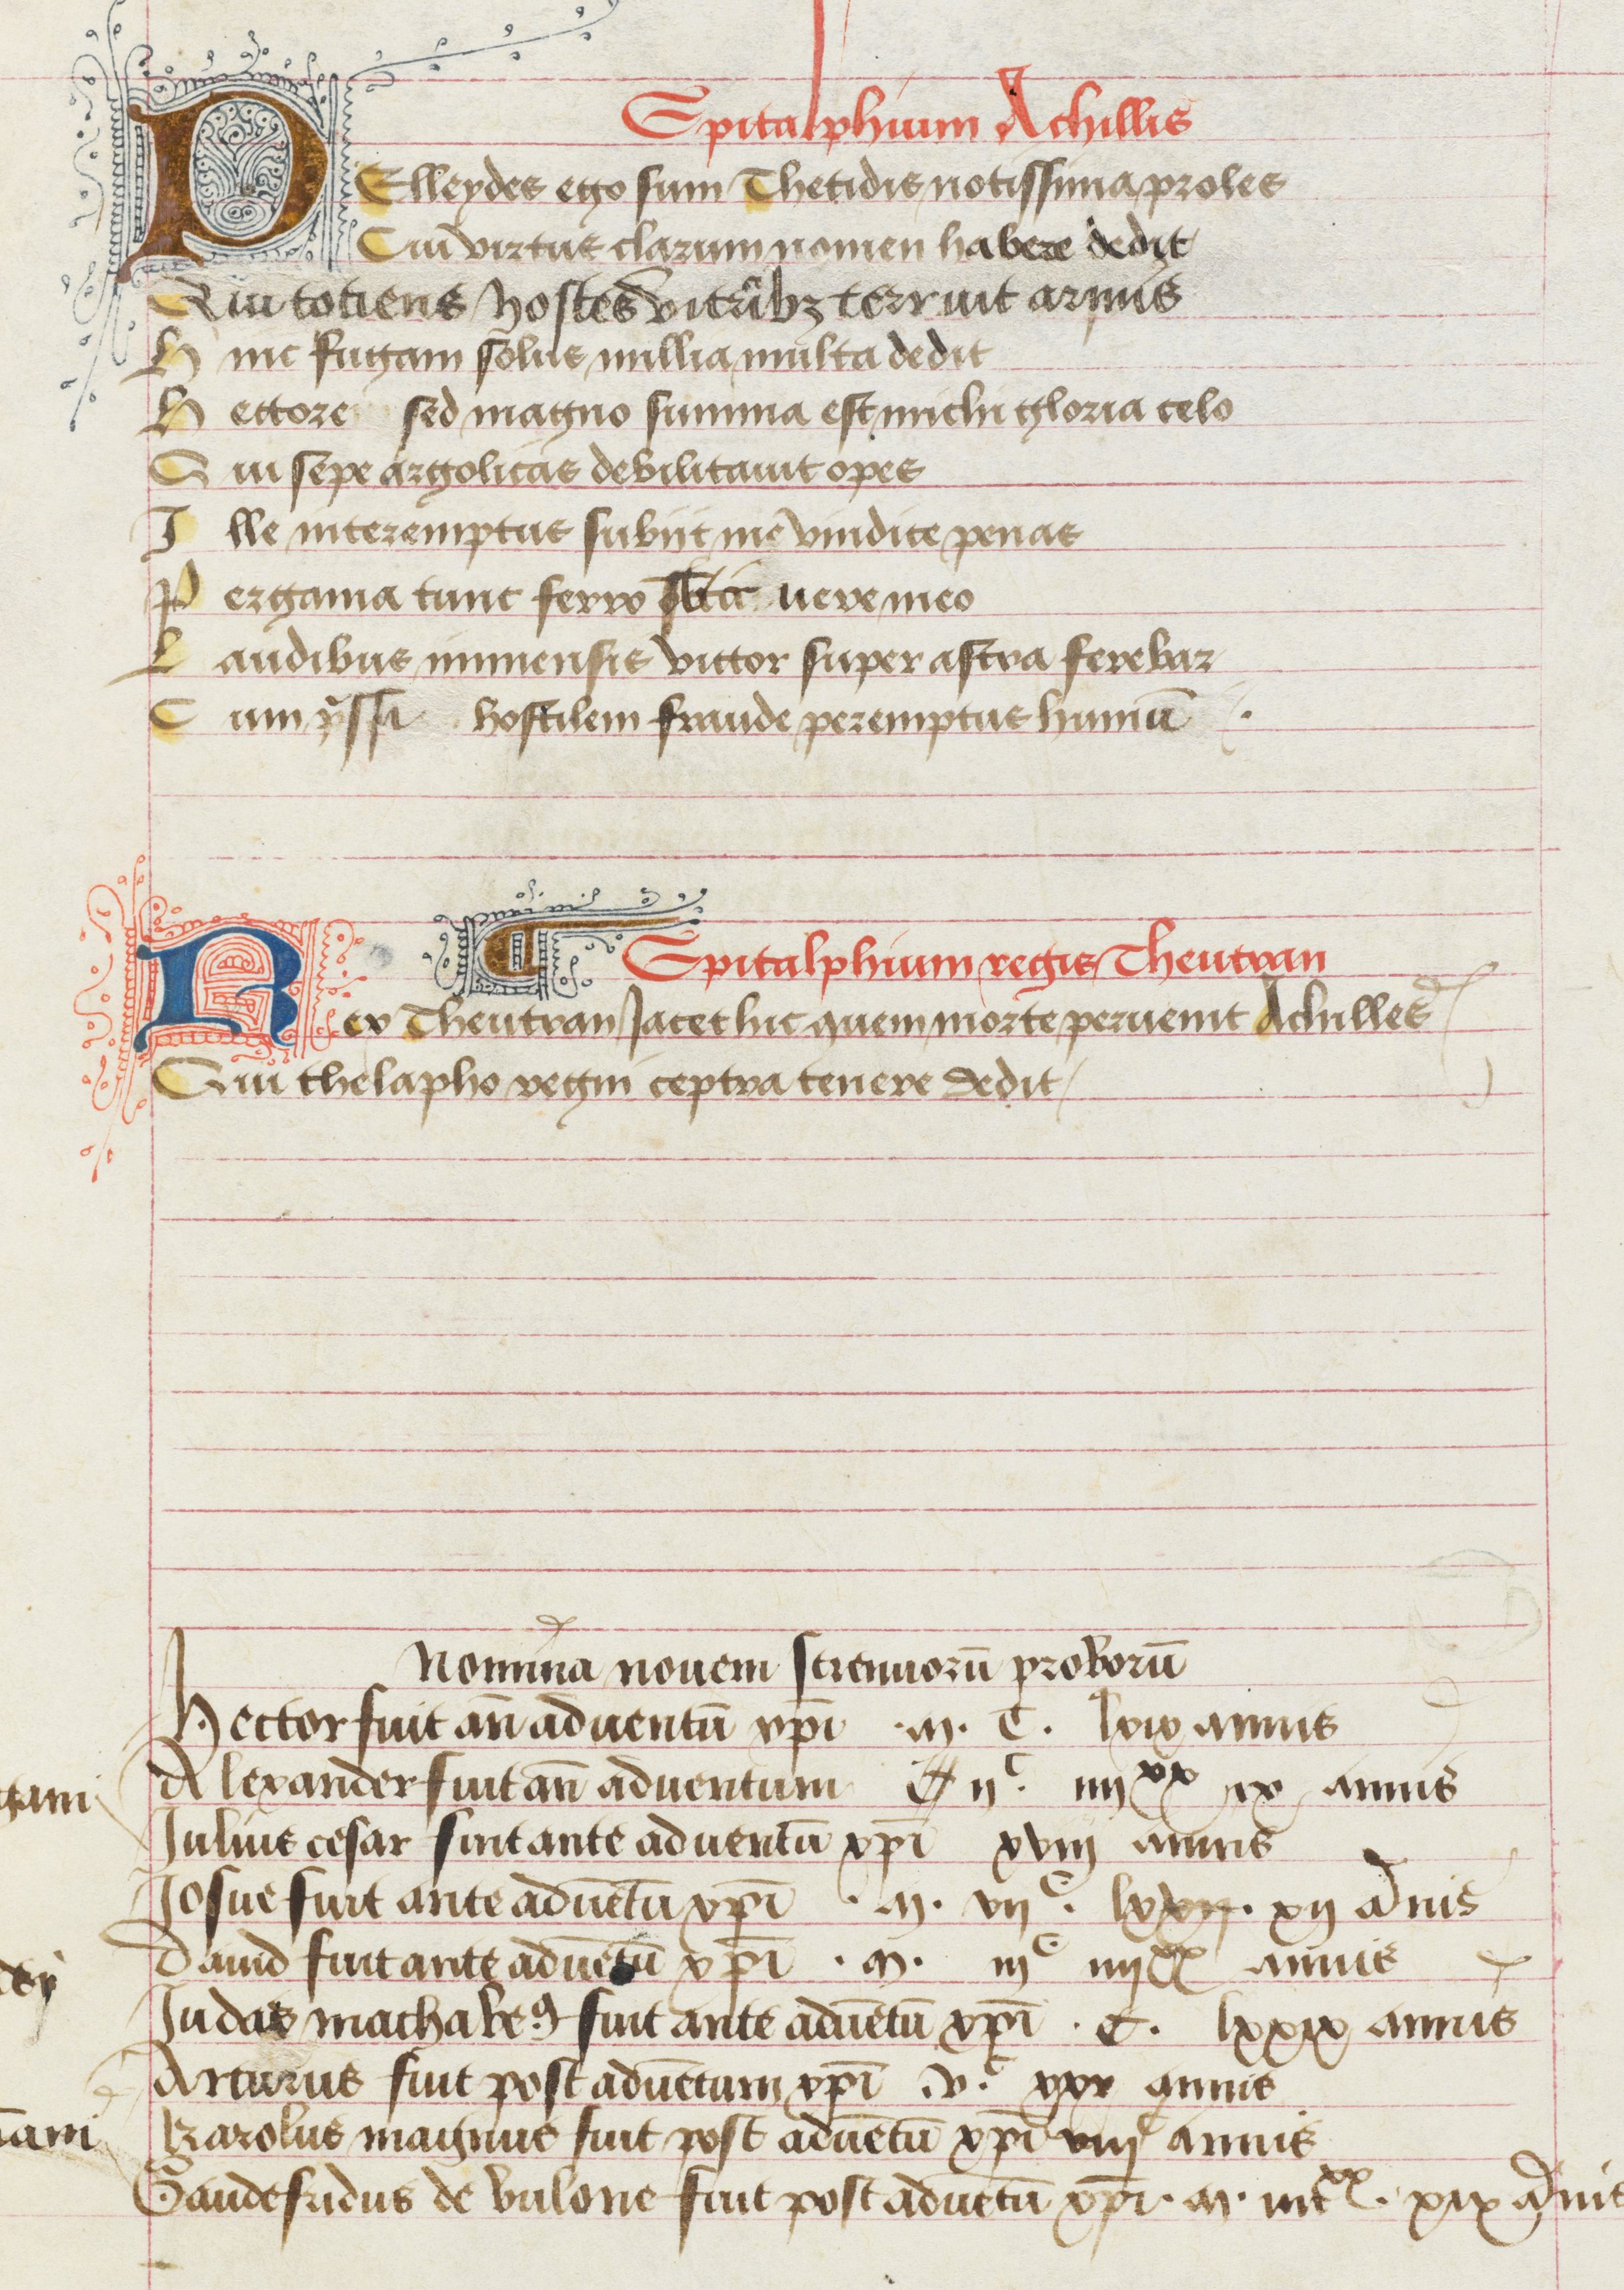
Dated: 1475–1499